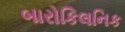
બારોકિલનિક